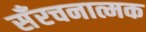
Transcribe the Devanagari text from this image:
सँरचनात्मक